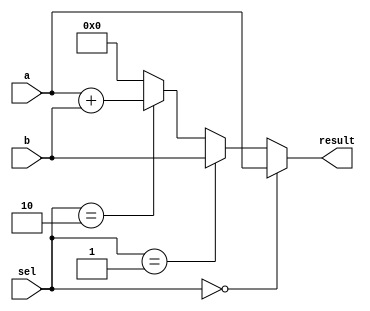
module vector_continuous_assignment (
    input wire [7:0] a,        // 8-bit input signal a
    input wire [7:0] b,        // 8-bit input signal b
    input wire [1:0] sel,      // 2-bit selection signal
    output wire [7:0] result   // 8-bit output vector signal
);

// Continuous assignment of the result vector based on the selection signal
assign result = (sel == 2'b00) ? a :      // If sel is 00, assign a
                (sel == 2'b01) ? b :      // If sel is 01, assign b
                (sel == 2'b10) ? (a + b) : // If sel is 10, assign a + b
                8'b00000000;               // Default case (sel is 11), assign 0

endmodule